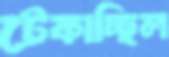
টেকাচ্ছিল